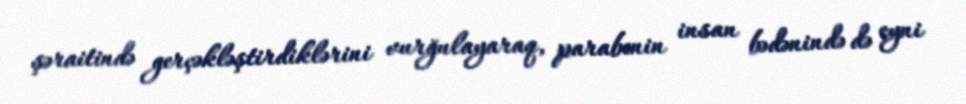
şəraitində gerçəkləştirdiklərini vurğulayaraq, parabenin insan bədənində də eyni